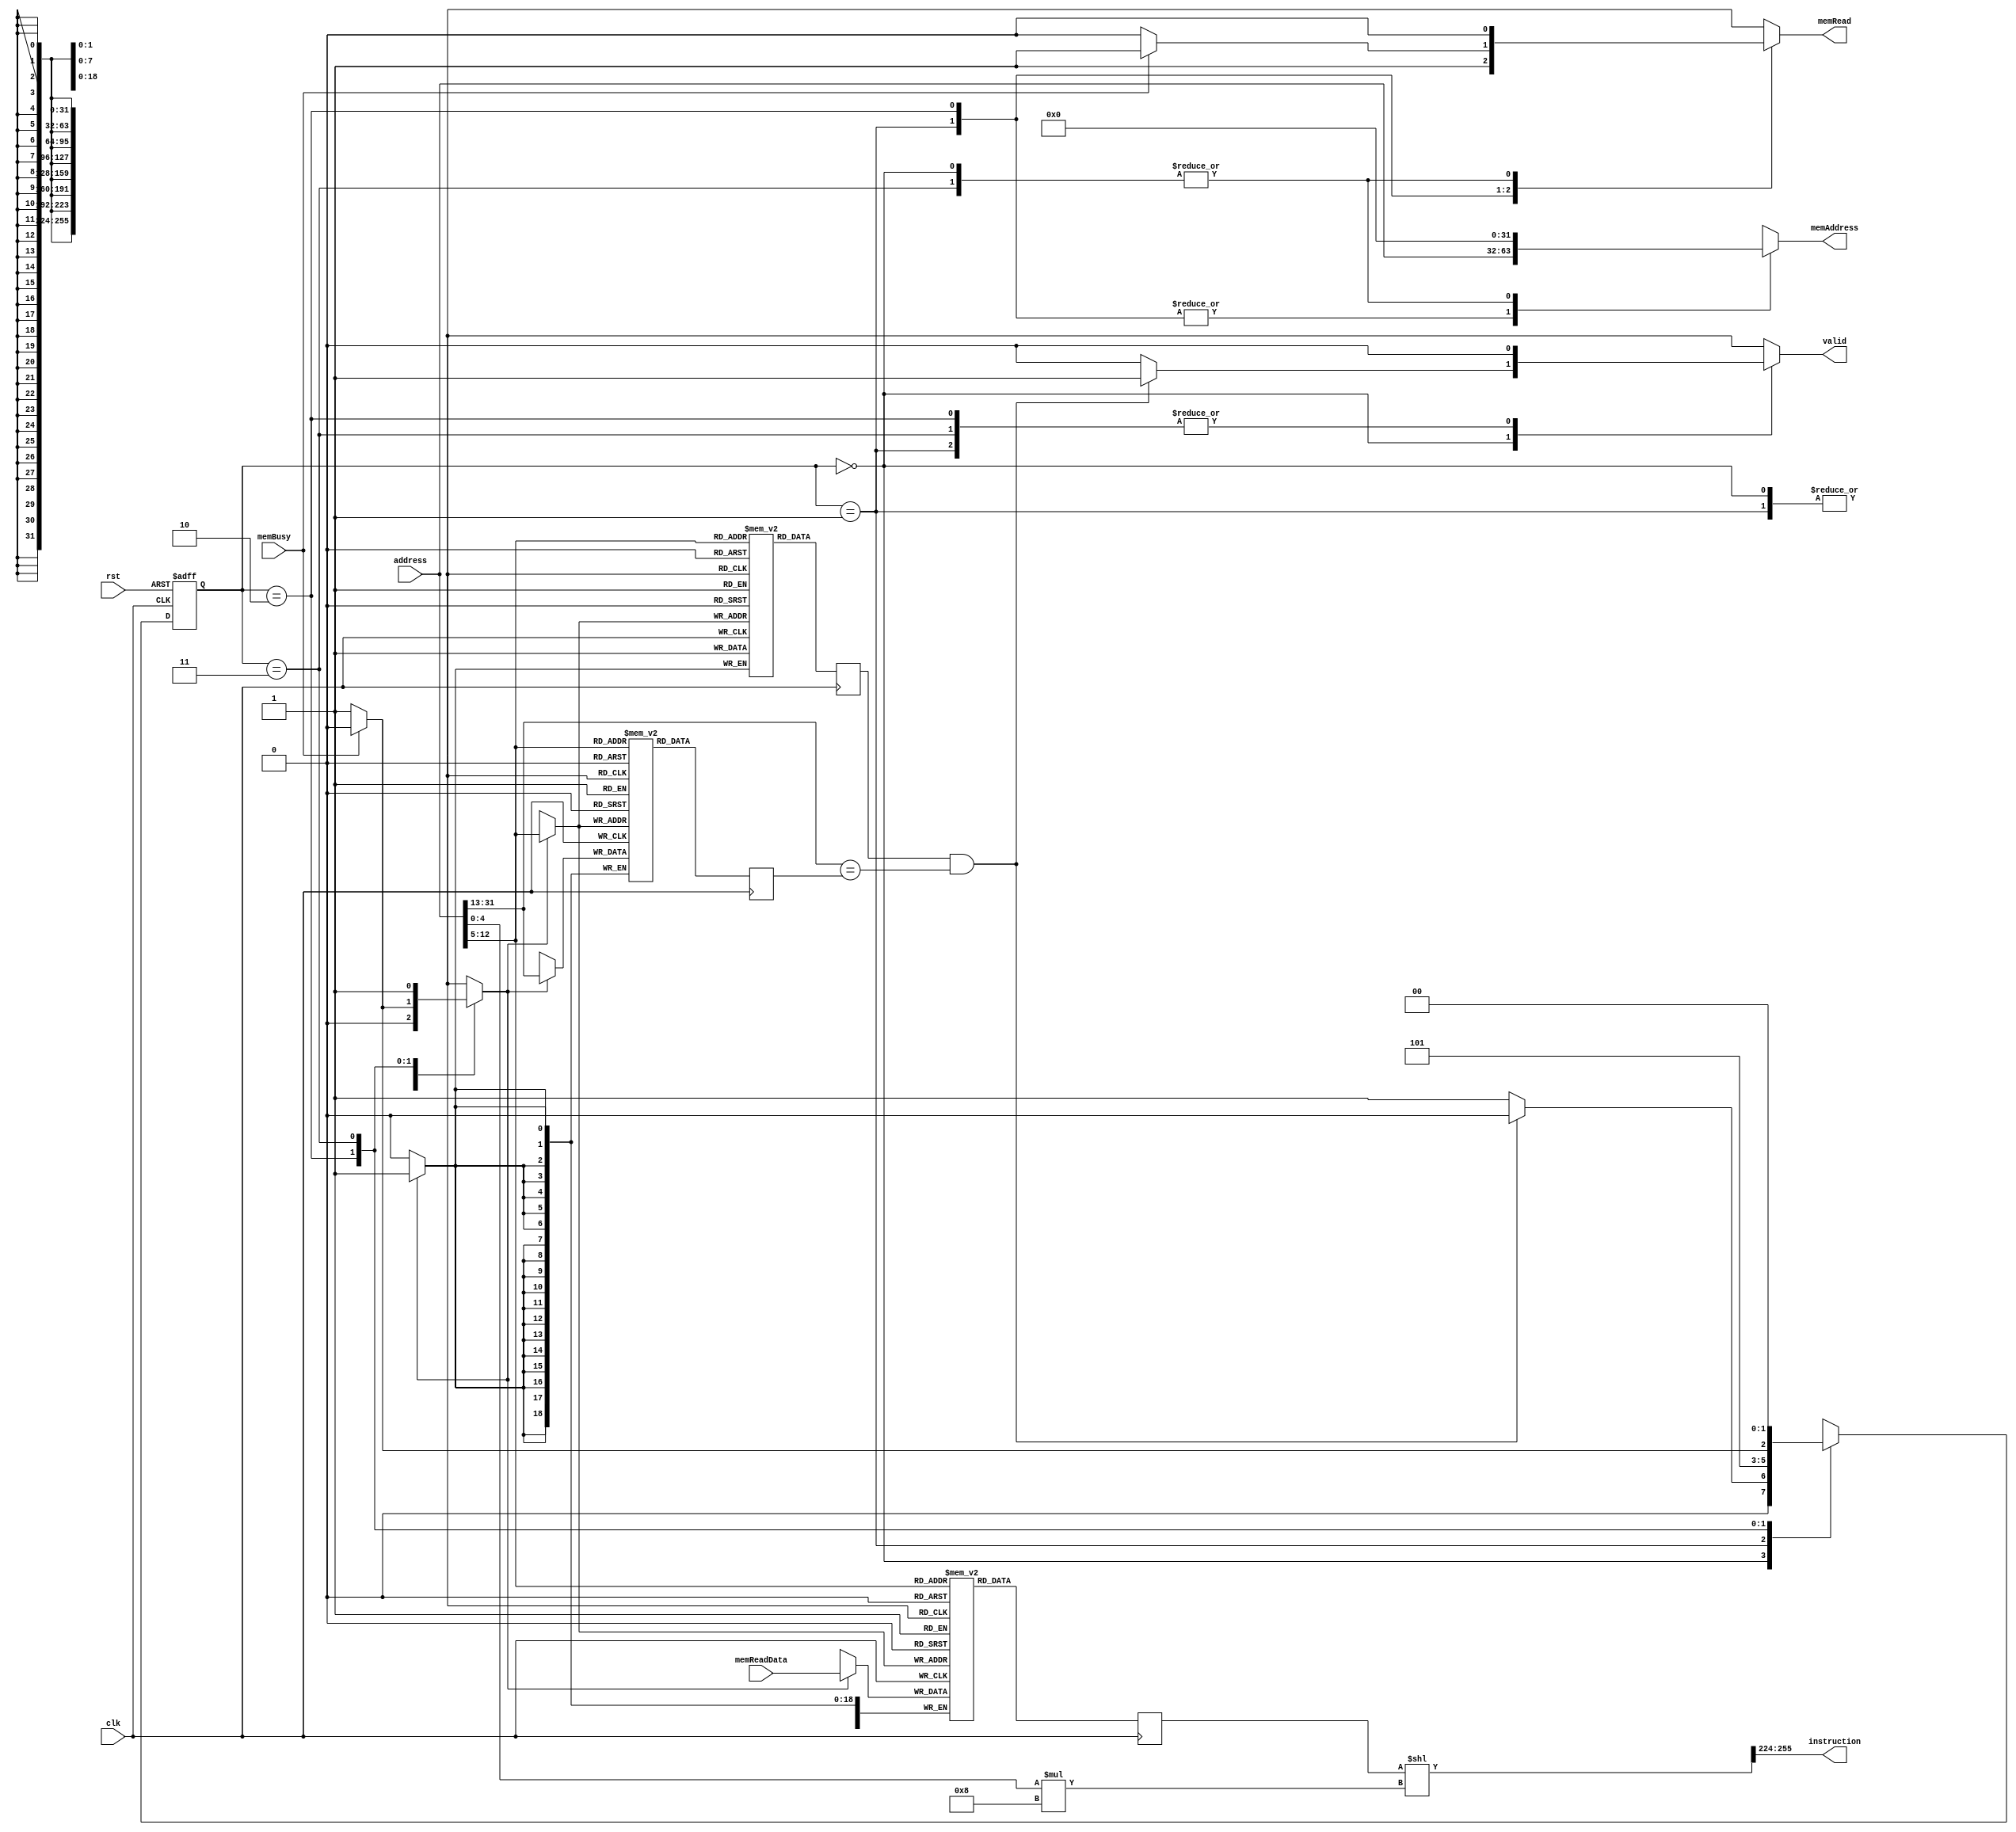
module ICache #(
    parameter   BLOCK_SIZE  =   32,
    parameter   NUM_LINES   =   256
) (
    input   wire            clk,
    input   wire            rst,

    //  Processor Interface.
    input   wire    [31:0]      address,
    output  reg     [31:0]      instruction,
    output  reg                 valid,

    //  Memory Interface.
    input   wire    [(BLOCK_SIZE*8) - 1:0]  memReadData,
    input   wire                            memBusy,
    output  reg     [31:0]                  memAddress,
    output  reg                             memRead
);

//  256 bits in a block. 8 words. 
localparam OFFSET_WIDTH = $clog2(BLOCK_SIZE);
localparam INDEX_WIDTH  = $clog2(NUM_LINES);
localparam TAG_WIDTH    = 32 - OFFSET_WIDTH - INDEX_WIDTH;


reg     [(BLOCK_SIZE*8) -1:0]  cacheData   [NUM_LINES-1:0];
reg     [TAG_WIDTH-1:0]     cacheTag    [NUM_LINES-1:0];
reg     cacheValid [NUM_LINES-1:0];


reg     [0:(BLOCK_SIZE*8) -1]  cacheDataReg;
reg     [TAG_WIDTH-1:0]     cacheTagReg;
reg                         cacheValidReg;

integer i;
initial begin
    for (i = 0; i < NUM_LINES; i = i + 1) begin
        cacheData[i] <= 0;
        cacheTag[i] <= 0;
        cacheValid[i] <= 0;
    end
end


localparam  IDLE    = 2'b00,
            READMEM = 2'b01,
            WAIT  = 2'b10,
            UPDATE = 2'b11;

reg [1:0]   currentState, nextState;


wire    [TAG_WIDTH-1:0]     tagIn       =   address[31:(OFFSET_WIDTH + INDEX_WIDTH)];
wire    [INDEX_WIDTH-1:0]   indexIn     =   address[(OFFSET_WIDTH + INDEX_WIDTH)-1:OFFSET_WIDTH];
wire    [OFFSET_WIDTH-1:0]  offsetIn    =   address[OFFSET_WIDTH-1:0];


reg    miss;
reg    fill;

//  Handling Cache itself.
always @ (negedge clk) begin
    cacheDataReg <= cacheData[indexIn];
    cacheTagReg <= cacheTag[indexIn];
    cacheValidReg <= cacheValid[indexIn];
end

always @ (negedge clk) begin
    if (fill) begin
        cacheValid[indexIn] <= 1;
        cacheTag[indexIn]   <= tagIn;
        cacheData[indexIn] <= memReadData;
    end
end


//  Hit/Miss Detection.
always @ (*) begin
    if (cacheValidReg && (tagIn == cacheTagReg)) begin
        miss = 0;
    end
    else begin
        miss = 1;
    end
end


//  State Transition.
always @ (posedge clk or negedge rst) begin
    if (!rst) begin
        currentState <= IDLE;
    end
    else begin
        currentState <= nextState;
    end
end

//  State Transition Logic.
always @ (*) begin
    case (currentState)
        IDLE    :   begin
                        if (miss)   nextState = READMEM;
                        else        nextState = IDLE;
                    end

        READMEM :   nextState = WAIT;

        WAIT    :   begin
                        if (memBusy)    nextState = WAIT;
                        else            nextState = UPDATE;
                    end

        UPDATE  :   nextState = IDLE;
    endcase
end
//7 6 5 4 3 2 1 0
//  Output Logic.
always @ (*) begin
    instruction = (cacheDataReg << (offsetIn*8)) >> ((BLOCK_SIZE*7));
    case (currentState)
        IDLE    :   begin
                        memRead     = 0;
                        memAddress  = 0;
                        fill = 0;
                        if (miss) begin
                            valid = 0;
                        end
                        else begin
                            valid = 1;
                        end
                    end

        READMEM :   begin
                        memRead     = 1;
                        memAddress  = address;
                        valid = 0;
                        fill = 0;
                    end


        WAIT    :   begin
                        memAddress  = address;
                        valid = 0;
                        if (memBusy) begin
                            memRead     = 1;
                            fill = 0;
                        end
                        else begin
                            memRead     = 0;
                            fill = 1;
                        end
                    end

        UPDATE  :   begin
                        memRead     = 0;
                        memAddress  = 0;
                        valid = 0;
                        fill = 1;
                    end
    endcase
end


endmodule